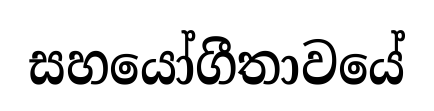
සහයෝගීතාවයේ